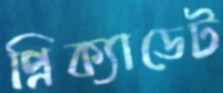
প্রিক্যাডেট